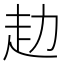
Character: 赲